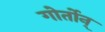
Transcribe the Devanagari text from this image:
गोर्तोन्